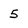
Character: 5